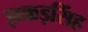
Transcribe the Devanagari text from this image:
झक्कड़सिंह